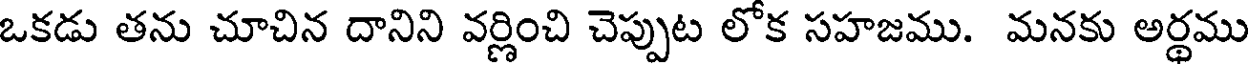
ఒకడు తను చూచిన దానిని వర్ణించి చెప్పుట లోక సహజము. మనకు అర్థము